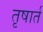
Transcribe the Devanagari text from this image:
तृषार्त